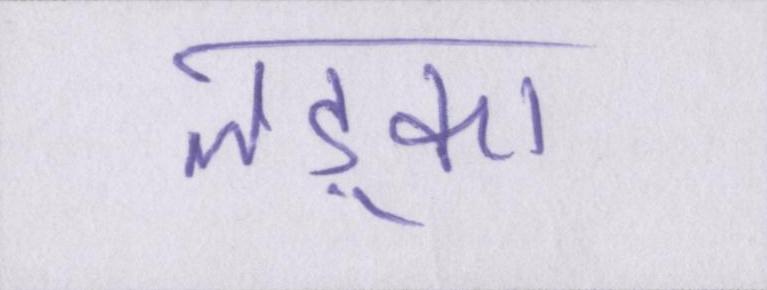
लड़्का